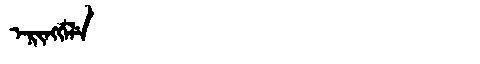
Manchu: ᡝᡵᡳᠩᡤᡝᠯᡝ
Romanization: ERINGGELE